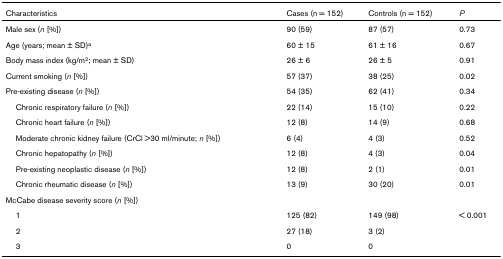
| Characteristics | Cases (n = 152) | Controls (n = 152) | P |
 | --- | --- | --- | --- |
 | Male sex (n [%]) | 90 (59) | 87 (57) | 0.73 |
 | Age (years; mean ± SD)a | 60 ± 15 | 61 ± 16 | 0.67 |
 | Body mass index (kg/m2; mean ± SD) | 26 ± 6 | 26 ± 5 | 0.91 |
 | Current smoking (n [%]) | 57 (37) | 38 (25) | 0.02 |
 | Pre-existing disease (n [%]) | 54 (35) | 62 (41) | 0.34 |
 | Chronic respiratory failure (n [%]) | 22 (14) | 15 (10) | 0.22 |
 | Chronic heart failure (n [%]) | 12 (8) | 14 (9) | 0.68 |
 | Moderate chronic kidney failure (CrCl >30 ml/minute; n [%]) | 6 (4) | 4 (3) | 0.52 |
 | Chronic hepatopathy (n [%]) | 12 (8) | 4 (3) | 0.04 |
 | Pre-existing neoplastic disease (n [%]) | 12 (8) | 2 (1) | 0.01 |
 | Chronic rheumatic disease (n [%]) | 13 (9) | 30 (20) | 0.01 |
 | McCabe disease severity score (n [%]) |  |  |  |
 | 1 | 125 (82) | 149 (98) | < 0.001 |
 | 2 | 27 (18) | 3 (2) |  |
 | 3 | 0 | 0 |  |